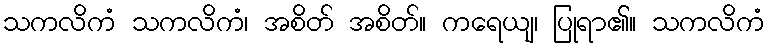
သကလိကံ သကလိကံ၊ အစိတ် အစိတ်။ ကရေယျ၊ ပြုရာ၏။ သကလိကံ